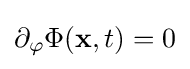
\partial _{\varphi }\Phi (\mathbf {x} ,t)=0